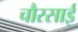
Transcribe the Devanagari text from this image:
चौरसाई